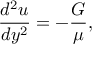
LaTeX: { \frac { d ^ { 2 } u } { d y ^ { 2 } } } = - { \frac { G } { \mu } } ,